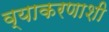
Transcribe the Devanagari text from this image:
व्याकरणाशी